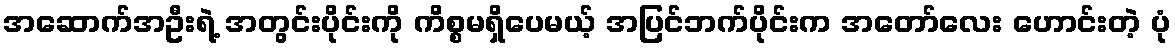
အဆောက်အဦးရဲ့ အတွင်းပိုင်းကို ကိစ္စမရှိပေမယ့် အပြင်ဘက်ပိုင်းက အတော်လေး ဟောင်းတဲ့ ပုံ